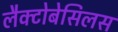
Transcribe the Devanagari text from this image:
लैक्टोबेसिलस